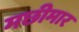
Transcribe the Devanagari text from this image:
मछीमार